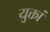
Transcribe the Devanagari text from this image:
युक्तां